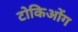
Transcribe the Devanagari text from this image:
टोकिओंग